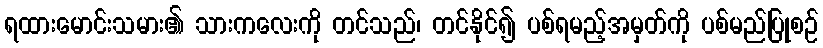
ရထားမောင်းသမား၏ သားကလေးကို တင်သည်၊ တင်နိုင်၍ ပစ်ရမည့်အမှတ်ကို ပစ်မည်ပြုစဉ်